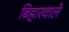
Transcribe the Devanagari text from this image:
बिहारवाले